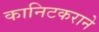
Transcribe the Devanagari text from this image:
कानिटकराने